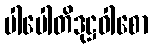
ပါပေါတိဒုဋ္ဌဝါစော